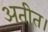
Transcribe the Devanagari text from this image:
अतीत।